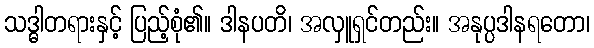
သဒ္ဓါတရားနှင့် ပြည့်စုံ၏။ ဒါနပတိ၊ အလှူရှင်တည်း။ အနုပ္ပဒါနရတော၊